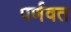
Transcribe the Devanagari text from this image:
पर्णवत